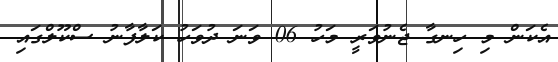
އެކަން މި ހިނގާ ޖެނުވަރީ މަހު 06 ވަނަ ދުވަހު ކަލާފާނު ސްކޫލްގައި